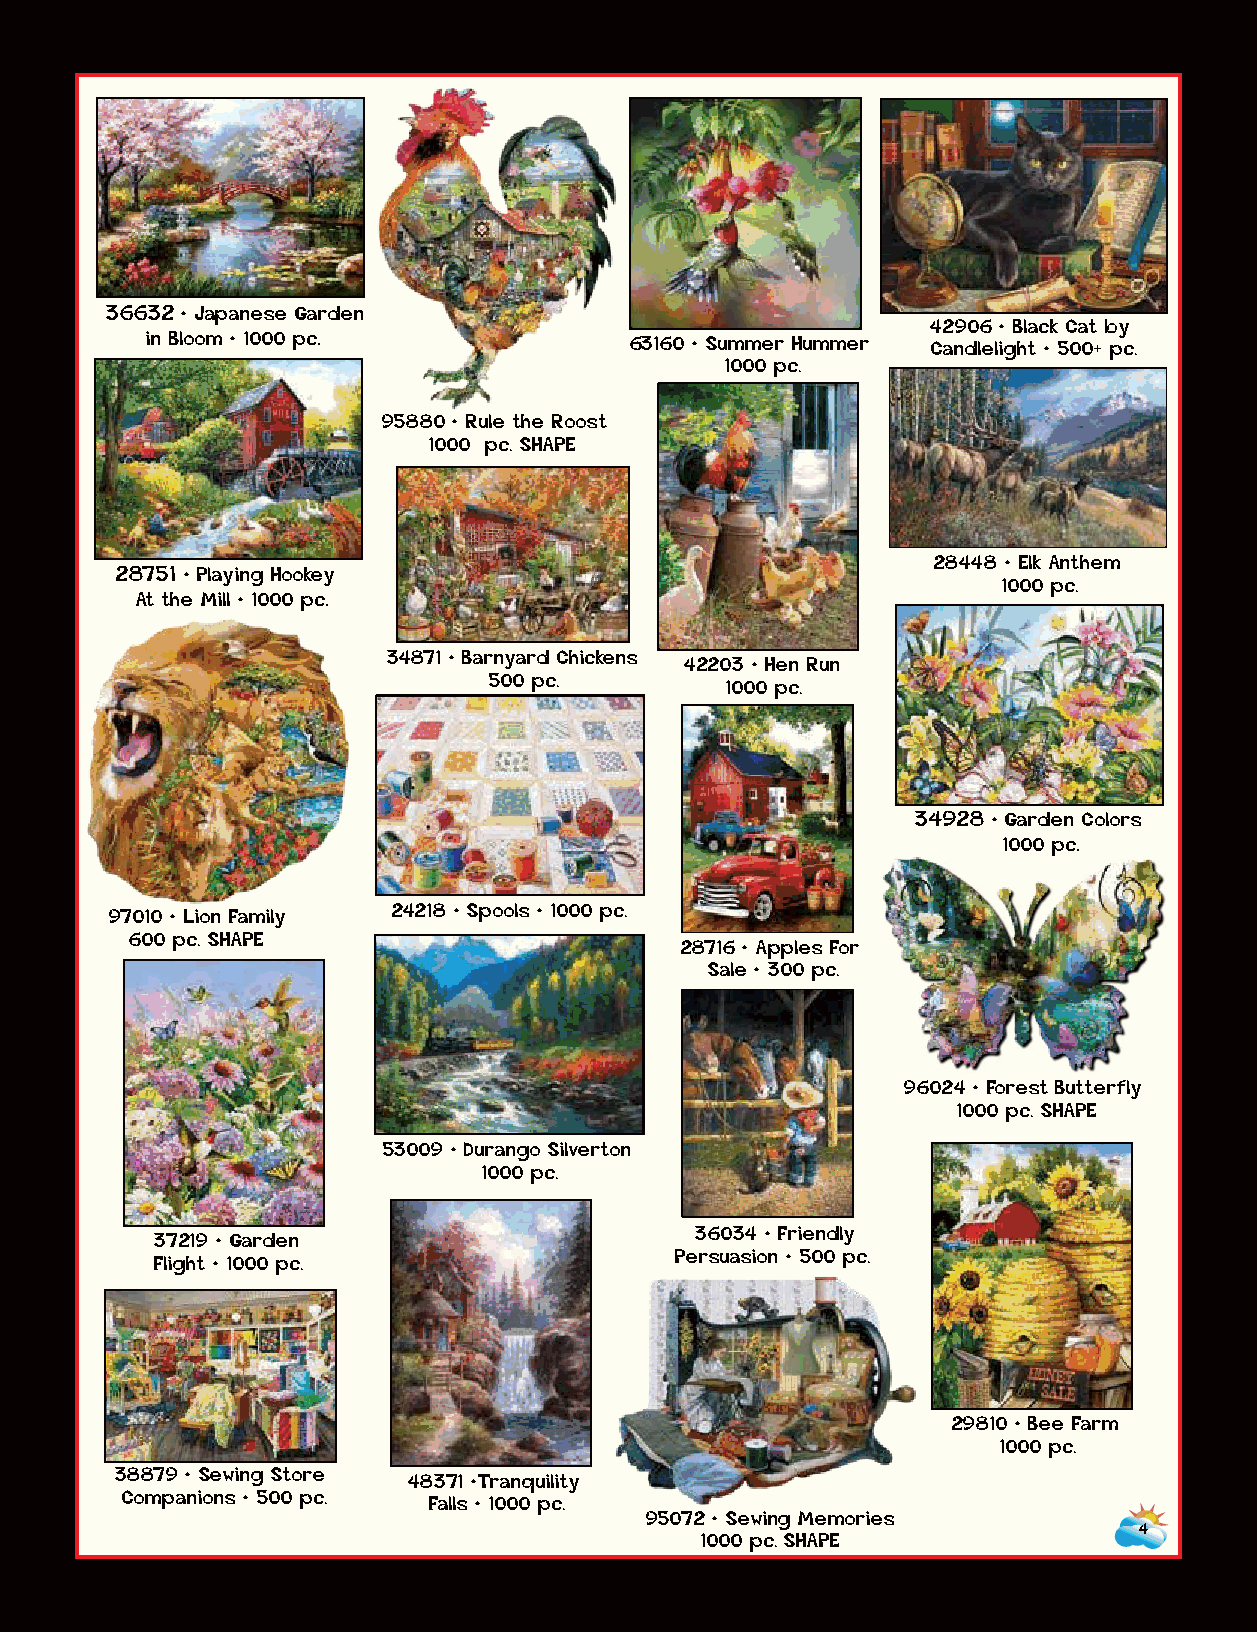
36632 • Japanese Garden
 42906 • Black Cat by
 in Bloom • 1000 pc.             63160 • Summer Hummer Candlelight • 500+ pc.
 1000 pc.
 95880 • Rule the Roost
 1000 pc. SHAPE
 28448 • Elk Anthem
 28751 • Playing Hookey
 95065 • The Old Mill Stream                                       1000 pc.
 1000 pc. SHAPE At the Mill • 1000 pc.
 34871 • Barnyard Chickens
 42203 • Hen Run
 500 pc.
 1000 pc.
 34928 • Garden Colors
 28891 • A Little Bit of                                           1000 pc.
 Heaven • 1000 pc.
 97010 • Lion Family 24218 • Spools • 1000 pc.
 600 pc. SHAPE
 28716 • Apples For
 Sale • 300 pc.
 96024 • Forest Butterfly
 35002 • Hummingbird
 1000 pc. SHAPE
 Sanctuary • 1000 pc.
 53009 • Durango Silverton
 1000 pc.
 36034 • Friendly
 37219 • Garden
 Persuasion • 500 pc.
 Flight • 1000 pc.
 29810 • Bee Farm
 1000 pc.
 38879 • Sewing Store 48371 •Tranquility
 Companions • 500 pc. Falls • 1000 pc.
 95072 • Sewing Memories
 4
 1000 pc. SHAPE